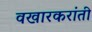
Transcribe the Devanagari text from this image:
वखारकरांती